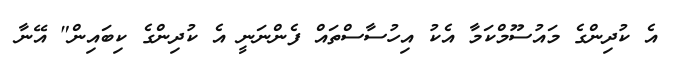
އެ ކުދިންގެ މައުސޫމްކަމާ އެކު އިހުސާސްތައް ފެންނަނީ އެ ކުދިންގެ ކިބައިން" އޭނާ